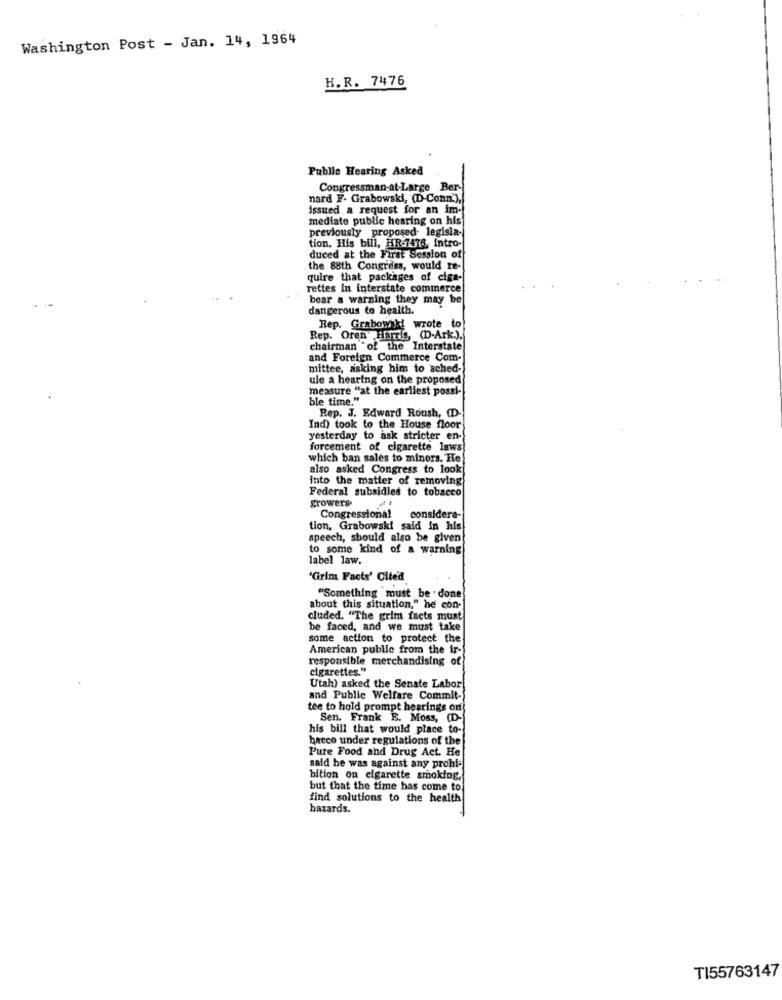
Washington Post - Jan. 14, 1964
H.R. 7476
Publle Hearing Asked
Congressman-at-Large Ber-
nard F- Grabowski, (D-Conn.),
issued a request for an im-
mediate public hearing on his
previously proposed- legisla-
tion. His bill, HR-7476, intro-
duced at the First Session of
the 88th Congress, would re-
quire that packages of ciga-
rettes in interstate commerce
bear a warning they may be
dangerous to health.
Rep. Grabowyd wrote to
Rep. Oren Harris, (D-Ark.),
chairman of the Interstate
and Foreign Commerce Com-
mittee, asking him to sched-
ule a hearing on the proposed
measure "at the earliest possi-
ble time."
Rep. J. Edward Roush, (D-
Ind) took to the House floor
yesterday to ask stricter en-
forcement of cigarette laws
which ban sales to minors. He
also asked Congress to look
into the matter of removing
Federal subsidies to tobacco
growers
Congressional
considera-
tion, Grabowski said in his
speech, should also be given
to some kind of a warning
label law.
'Girim Facts' Cited
"Something "must be . done
about this situation," he con-
cluded. "The grim facts must
be faced, and we must take
some action to protect the
American public from the ir-
responsible merchandising of
cigarettes."
Utah) asked the Senate Labor
and Public Welfare Commit-
tee to hold prompt hearings on
Sen. Frank E. Moss, (D-
his bill that would place to-
bacco under regulations of the
Pure Food and Drug Act. He
said he was against any prohla
bition on cigarette smoking,
but that the time has come to
find solutions to the health
hazards.
TI55763147